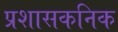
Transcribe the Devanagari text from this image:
प्रशासकनिक